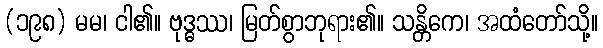
(၁၉၈) မမ၊ ငါ၏။ ဗုဒ္ဓဿ၊ မြတ်စွာဘုရား၏။ သန္တိကေ၊ အထံတော်သို့။